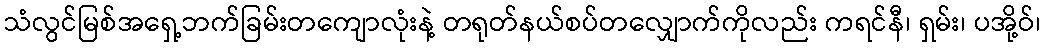
သံလွင်မြစ်အရှေ့ဘက်ခြမ်းတကျောလုံးနဲ့ တရုတ်နယ်စပ်တလျှောက်ကိုလည်း ကရင်နီ၊ ရှမ်း၊ ပအို့ဝ်၊